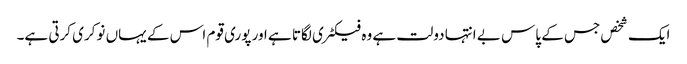
ایک شخص جس کے پاس بے انتہا دولت ہے وہ فیکٹری لگاتا ہے اور پوری قوم اس کے یہاں نوکری کرتی ہے۔